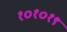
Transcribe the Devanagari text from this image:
१०१०१९